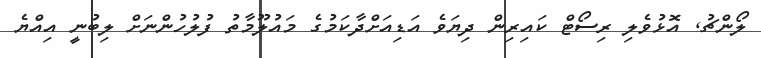
ލޯންޗު